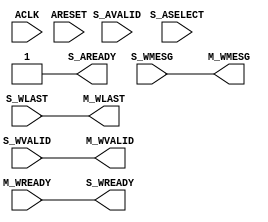
// -- (c) Copyright 2009 - 2011 Xilinx, Inc. All rights reserved.
// --
// -- This file contains confidential and proprietary information
// -- of Xilinx, Inc. and is protected under U.S. and 
// -- international copyright and other intellectual property
// -- laws.
// --
// -- DISCLAIMER
// -- This disclaimer is not a license and does not grant any
// -- rights to the materials distributed herewith. Except as
// -- otherwise provided in a valid license issued to you by
// -- Xilinx, and to the maximum extent permitted by applicable
// -- law: (1) THESE MATERIALS ARE MADE AVAILABLE "AS IS" AND
// -- WITH ALL FAULTS, AND XILINX HEREBY DISCLAIMS ALL WARRANTIES
// -- AND CONDITIONS, EXPRESS, IMPLIED, OR STATUTORY, INCLUDING
// -- BUT NOT LIMITED TO WARRANTIES OF MERCHANTABILITY, NON-
// -- INFRINGEMENT, OR FITNESS FOR ANY PARTICULAR PURPOSE; and
// -- (2) Xilinx shall not be liable (whether in contract or tort,
// -- including negligence, or under any other theory of
// -- liability) for any loss or damage of any kind or nature
// -- related to, arising under or in connection with these
// -- materials, including for any direct, or any indirect,
// -- special, incidental, or consequential loss or damage
// -- (including loss of data, profits, goodwill, or any type of
// -- loss or damage suffered as a result of any action brought
// -- by a third party) even if such damage or loss was
// -- reasonably foreseeable or Xilinx had been advised of the
// -- possibility of the same.
// --
// -- CRITICAL APPLICATIONS
// -- Xilinx products are not designed or intended to be fail-
// -- safe, or for use in any application requiring fail-safe
// -- performance, such as life-support or safety devices or
// -- systems, Class III medical devices, nuclear facilities,
// -- applications related to the deployment of airbags, or any
// -- other applications that could lead to death, personal
// -- injury, or severe property or environmental damage
// -- (individually and collectively, "Critical
// -- Applications"). Customer assumes the sole risk and
// -- liability of any use of Xilinx products in Critical
// -- Applications, subject only to applicable laws and
// -- regulations governing limitations on product liability.
// --
// -- THIS COPYRIGHT NOTICE AND DISCLAIMER MUST BE RETAINED AS
// -- PART OF THIS FILE AT ALL TIMES.
//-----------------------------------------------------------------------------
//
//
// Description: 
//   Contains MI-side write command queue.
//   SI-slot index selected by AW arbiter is pushed onto queue when S_AVALID transfer is received.
//   Queue is popped when WLAST data beat is transferred.
//   W-channel input from SI-slot selected by queue output is transferred to MI-side output .
//--------------------------------------------------------------------------
//
// Structure:
//    wdata_mux
//      axic_reg_srl_fifo
//      mux_enc
//      
//-----------------------------------------------------------------------------

`timescale 1ps/1ps
`default_nettype none

module ict106_wdata_mux #
  (
   parameter         C_FAMILY       = "none", // FPGA Family.
   parameter integer C_WMESG_WIDTH            =  1, // Width of W-channel payload.
   parameter integer C_NUM_SLAVE_SLOTS     =  1, // Number of S_* ports.
   parameter integer C_SELECT_WIDTH      =  1, // Width of ASELECT.
   parameter integer C_FIFO_DEPTH_LOG     =  0 // Queue depth = 2**C_FIFO_DEPTH_LOG.
   )
  (
   // System Signals
   input  wire                                        ACLK,
   input  wire                                        ARESET,
   // Slave Data Ports
   input  wire [C_NUM_SLAVE_SLOTS*C_WMESG_WIDTH-1:0]     S_WMESG,
   input  wire [C_NUM_SLAVE_SLOTS-1:0]                S_WLAST,
   input  wire [C_NUM_SLAVE_SLOTS-1:0]                S_WVALID,
   output wire [C_NUM_SLAVE_SLOTS-1:0]                S_WREADY,
   // Master Data Ports
   output wire [C_WMESG_WIDTH-1:0]                       M_WMESG,
   output wire                                        M_WLAST,
   output wire                                        M_WVALID,
   input  wire                                        M_WREADY,
   // Write Command Ports
   input  wire [C_SELECT_WIDTH-1:0]                 S_ASELECT,  // SI-slot index from AW arbiter
   input  wire                                        S_AVALID,
   output wire                                        S_AREADY
   );

  // Decode select input to 1-hot
  function [C_NUM_SLAVE_SLOTS-1:0] f_decoder (
      input [C_SELECT_WIDTH-1:0] sel
    );
    integer i;
    begin
      for (i=0; i<C_NUM_SLAVE_SLOTS; i=i+1) begin
        f_decoder[i] = (sel == i);
      end
    end
  endfunction

  wire                                          m_valid_i;
  wire                                          m_last_i;
  wire [C_NUM_SLAVE_SLOTS-1:0]             m_select_hot;
  wire [C_SELECT_WIDTH-1:0]                 m_select_enc;
  wire                                          m_avalid;
  wire                                          m_aready;
  
  generate
    if (C_NUM_SLAVE_SLOTS>1) begin : gen_wmux
      // SI-side write command queue
  ict106_axic_reg_srl_fifo #
        (
         .C_FAMILY          (C_FAMILY),
         .C_FIFO_WIDTH      (C_SELECT_WIDTH),
         .C_FIFO_DEPTH_LOG  (C_FIFO_DEPTH_LOG),
         .C_USE_FULL        (0)
         )
        wmux_aw_fifo
          (
           .ACLK    (ACLK),
           .ARESET  (ARESET),
           .S_MESG  (S_ASELECT),
           .S_VALID (S_AVALID),
           .S_READY (S_AREADY),
           .M_MESG  (m_select_enc),
           .M_VALID (m_avalid),
           .M_READY (m_aready)
           );
    
      assign m_select_hot = f_decoder(m_select_enc);
      
      // Instantiate MUX
  ict106_mux_enc # 
        (
         .C_FAMILY      (C_FAMILY),
         .C_RATIO       (C_NUM_SLAVE_SLOTS),
         .C_SEL_WIDTH   (C_SELECT_WIDTH),
         .C_DATA_WIDTH  (C_WMESG_WIDTH)
        ) mux_w 
        (
         .S   (m_select_enc),
         .A   (S_WMESG),
         .O   (M_WMESG),
         .OE  (1'b1)
        ); 
        
      assign m_last_i  = |(S_WLAST & m_select_hot);
      assign m_valid_i = |(S_WVALID & m_select_hot);
      
      assign m_aready = m_valid_i & m_avalid & m_last_i & M_WREADY;
      assign M_WLAST = m_last_i;
      assign M_WVALID = m_valid_i & m_avalid;
      assign S_WREADY = m_select_hot & {C_NUM_SLAVE_SLOTS{m_avalid & M_WREADY}};
    end else begin : gen_no_wmux
      assign S_AREADY = 1'b1;
      assign M_WVALID = S_WVALID;
      assign S_WREADY = M_WREADY;
      assign M_WLAST = S_WLAST;
      assign M_WMESG = S_WMESG;
    end
  endgenerate
  
endmodule

`default_nettype wire